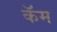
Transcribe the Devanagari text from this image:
कॅम